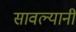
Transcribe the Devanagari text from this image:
सावल्यानी